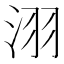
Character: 𣴆